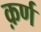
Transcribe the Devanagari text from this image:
क़र्ण